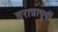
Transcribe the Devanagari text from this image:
वरात्रापूर्वी